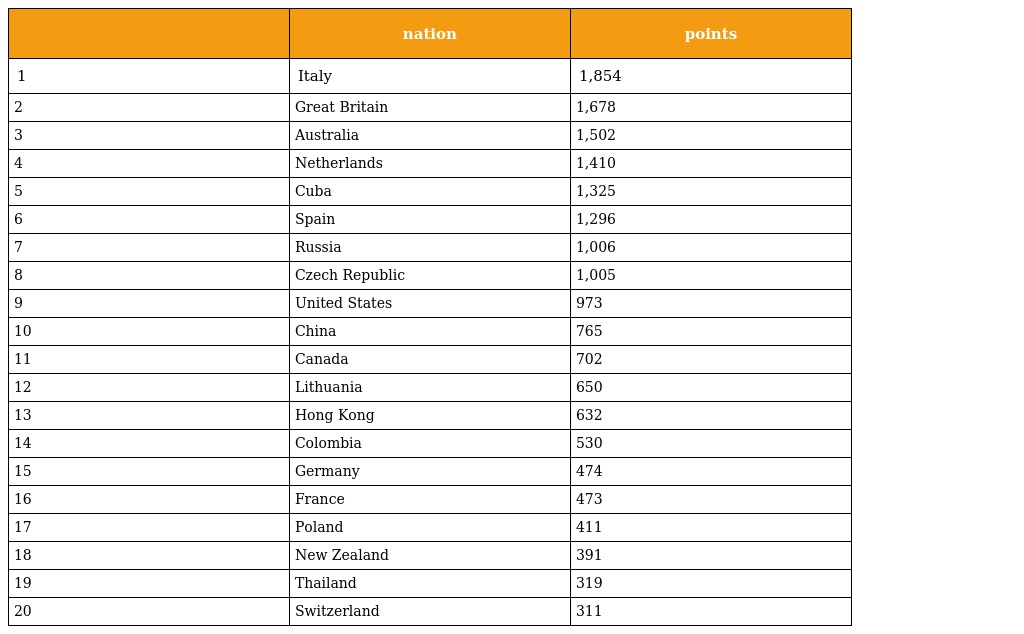
|  | nation | points |
 | --- | --- | --- |
 | 1 | Italy | 1,854 |
 | 2 | Great Britain | 1,678 |
 | 3 | Australia | 1,502 |
 | 4 | Netherlands | 1,410 |
 | 5 | Cuba | 1,325 |
 | 6 | Spain | 1,296 |
 | 7 | Russia | 1,006 |
 | 8 | Czech Republic | 1,005 |
 | 9 | United States | 973 |
 | 10 | China | 765 |
 | 11 | Canada | 702 |
 | 12 | Lithuania | 650 |
 | 13 | Hong Kong | 632 |
 | 14 | Colombia | 530 |
 | 15 | Germany | 474 |
 | 16 | France | 473 |
 | 17 | Poland | 411 |
 | 18 | New Zealand | 391 |
 | 19 | Thailand | 319 |
 | 20 | Switzerland | 311 |